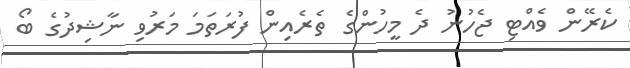
ކެރޭން ވެއްޓި ޖެހުނު ދެ މީހުންގެ ތެރެއިން ފުރަތަމަ މަރުވި ނާޝިދުގެ ބޯ